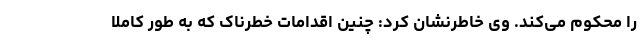
را محکوم می‌کند. وی خاطرنشان کرد: چنین اقدامات خطرناک که به طور کاملا